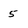
Character: 5